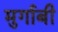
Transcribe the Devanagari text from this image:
मुर्गाबी